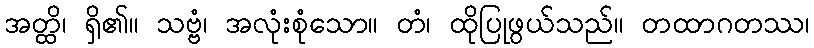
အတ္ထိ၊ ရှိ၏။ သဗ္ဗံ၊ အလုံးစုံသော။ တံ၊ ထိုပြုဖွယ်သည်။ တထာဂတဿ၊